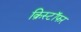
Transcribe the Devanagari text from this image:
क्रिस्टॉफर